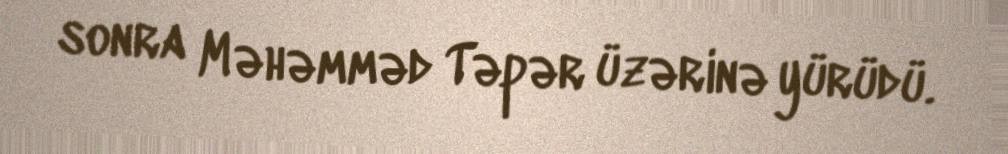
sonra Məhəmməd Təpər üzərinə yürüdü.